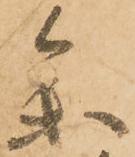
参